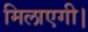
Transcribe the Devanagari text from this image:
मिलाएगी।